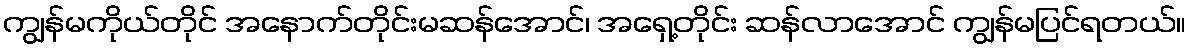
ကျွန်မကိုယ်တိုင် အနောက်တိုင်းမဆန်အောင်၊ အရှေ့တိုင်း ဆန်လာအောင် ကျွန်မပြင်ရတယ်။